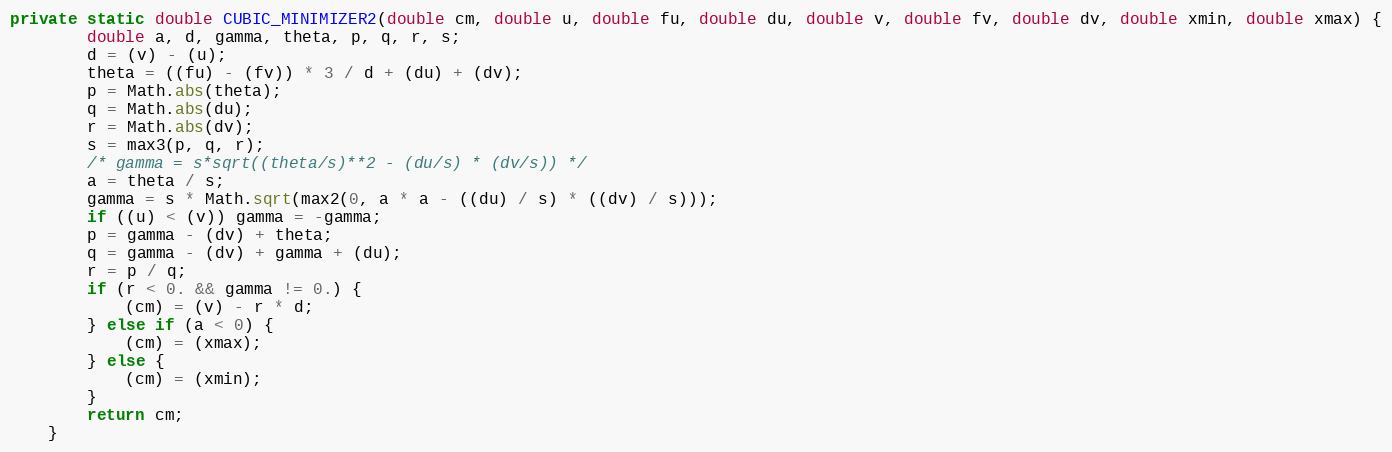
Language: Java
private static double CUBIC_MINIMIZER2(double cm, double u, double fu, double du, double v, double fv, double dv, double xmin, double xmax) {
        double a, d, gamma, theta, p, q, r, s;
        d = (v) - (u);
        theta = ((fu) - (fv)) * 3 / d + (du) + (dv);
        p = Math.abs(theta);
        q = Math.abs(du);
        r = Math.abs(dv);
        s = max3(p, q, r);
        /* gamma = s*sqrt((theta/s)**2 - (du/s) * (dv/s)) */
        a = theta / s;
        gamma = s * Math.sqrt(max2(0, a * a - ((du) / s) * ((dv) / s)));
        if ((u) < (v)) gamma = -gamma;
        p = gamma - (dv) + theta;
        q = gamma - (dv) + gamma + (du);
        r = p / q;
        if (r < 0. && gamma != 0.) {
            (cm) = (v) - r * d;
        } else if (a < 0) {
            (cm) = (xmax);
        } else {
            (cm) = (xmin);
        }
        return cm;
    }